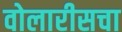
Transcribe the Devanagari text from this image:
वोलारीसचा